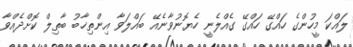
ލައްކަ މީހުންގެ ހައްގޭ ހައްގޭ ގެއްލެނީ ހެޔޮނުވާނެއޭ ބައްލަވާ އިންތިޚާބު ބާތިލް ކޮށްދެއްވާ